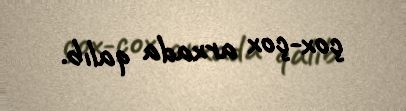
çox-çox arxada qalıb.